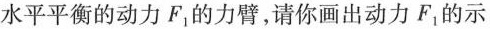
水平平衡的动力F_{1}的力臂，请你画出动力F_{1}